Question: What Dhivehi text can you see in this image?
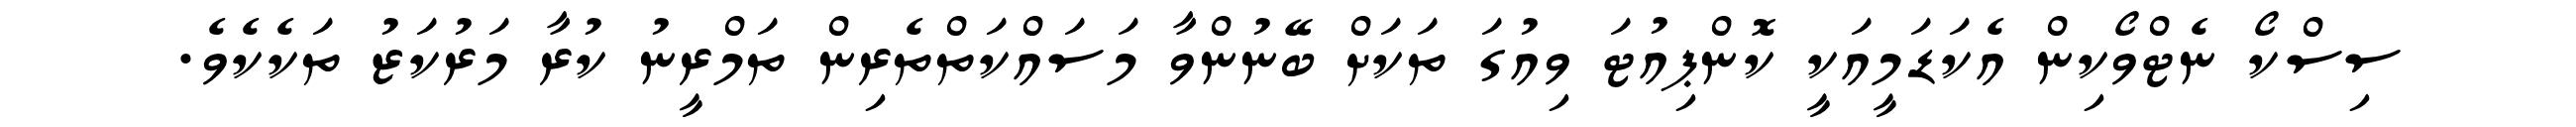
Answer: ސިސްކޯ ނެޓްވޯކިން އެކަޑަމީއަކީ ކޮންޕިއުޓަ ވިއުގަ ތަކަށް ބޭނުންވާ މަސައްކަތްތެރިން ތަމްރީނު ކުރާ މަރުކަޒު ތަކެކެވެ.